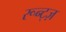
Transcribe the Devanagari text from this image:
रून्ट्ज़